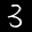
Label: 3